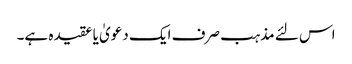
اس لئے مذہب صرف ایک دعویٰ یا عقیدہ ہے۔